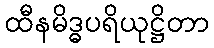
ထီနမိဒ္ဓပရိယုဋ္ဌိတာ